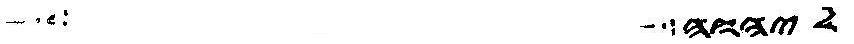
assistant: יהוה שלח